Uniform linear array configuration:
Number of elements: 16
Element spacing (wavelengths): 0.5
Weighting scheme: exponential
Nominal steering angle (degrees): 60
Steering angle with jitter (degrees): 58.785
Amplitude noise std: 0.05
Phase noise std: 0.05

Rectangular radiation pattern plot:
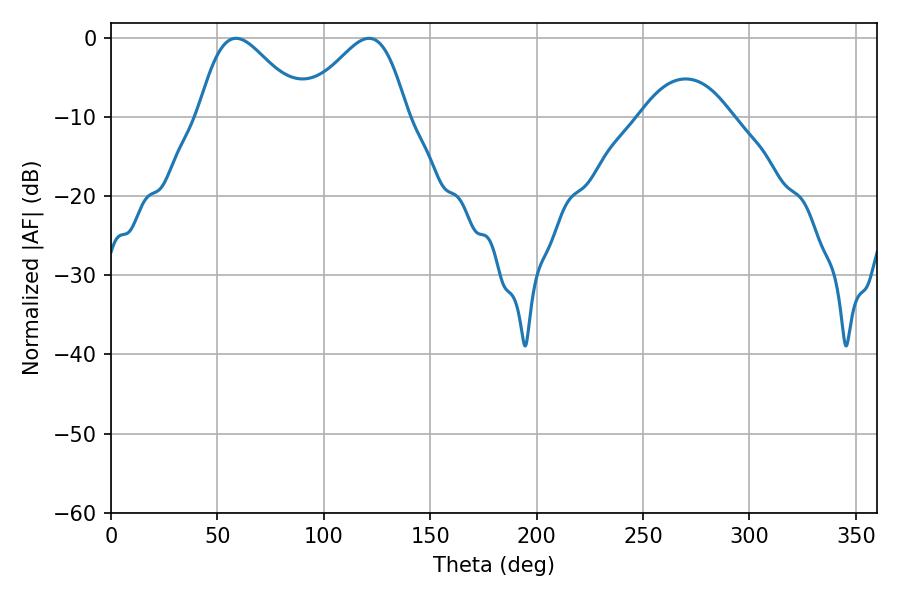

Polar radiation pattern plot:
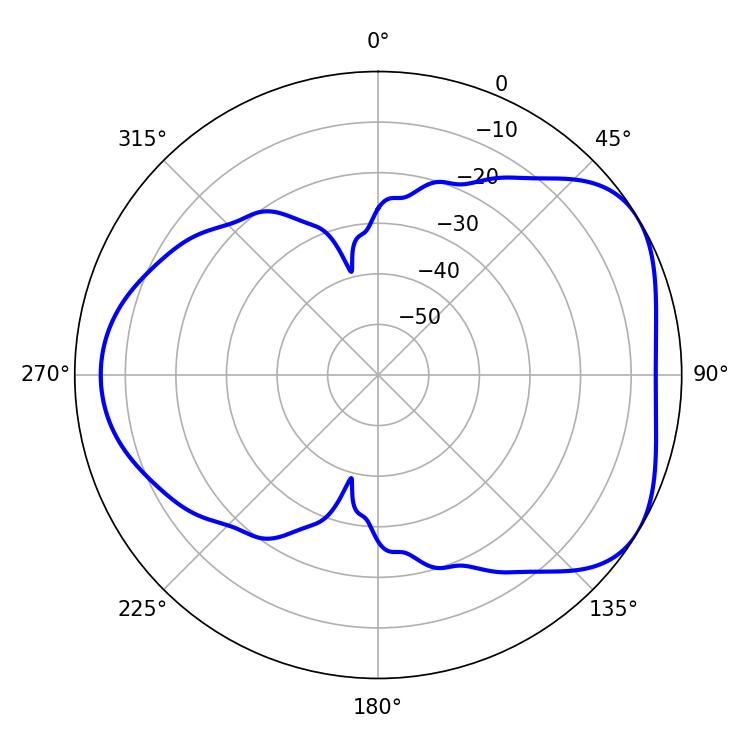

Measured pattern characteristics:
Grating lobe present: FALSE
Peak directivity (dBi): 4.658
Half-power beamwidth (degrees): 25.92
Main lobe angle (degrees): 58.68